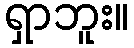
ရှာဘူး။